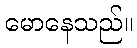
မောနေသည်။